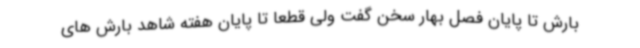
بارش تا پایان فصل بهار سخن گفت ولی قطعا تا پایان هفته شاهد بارش های